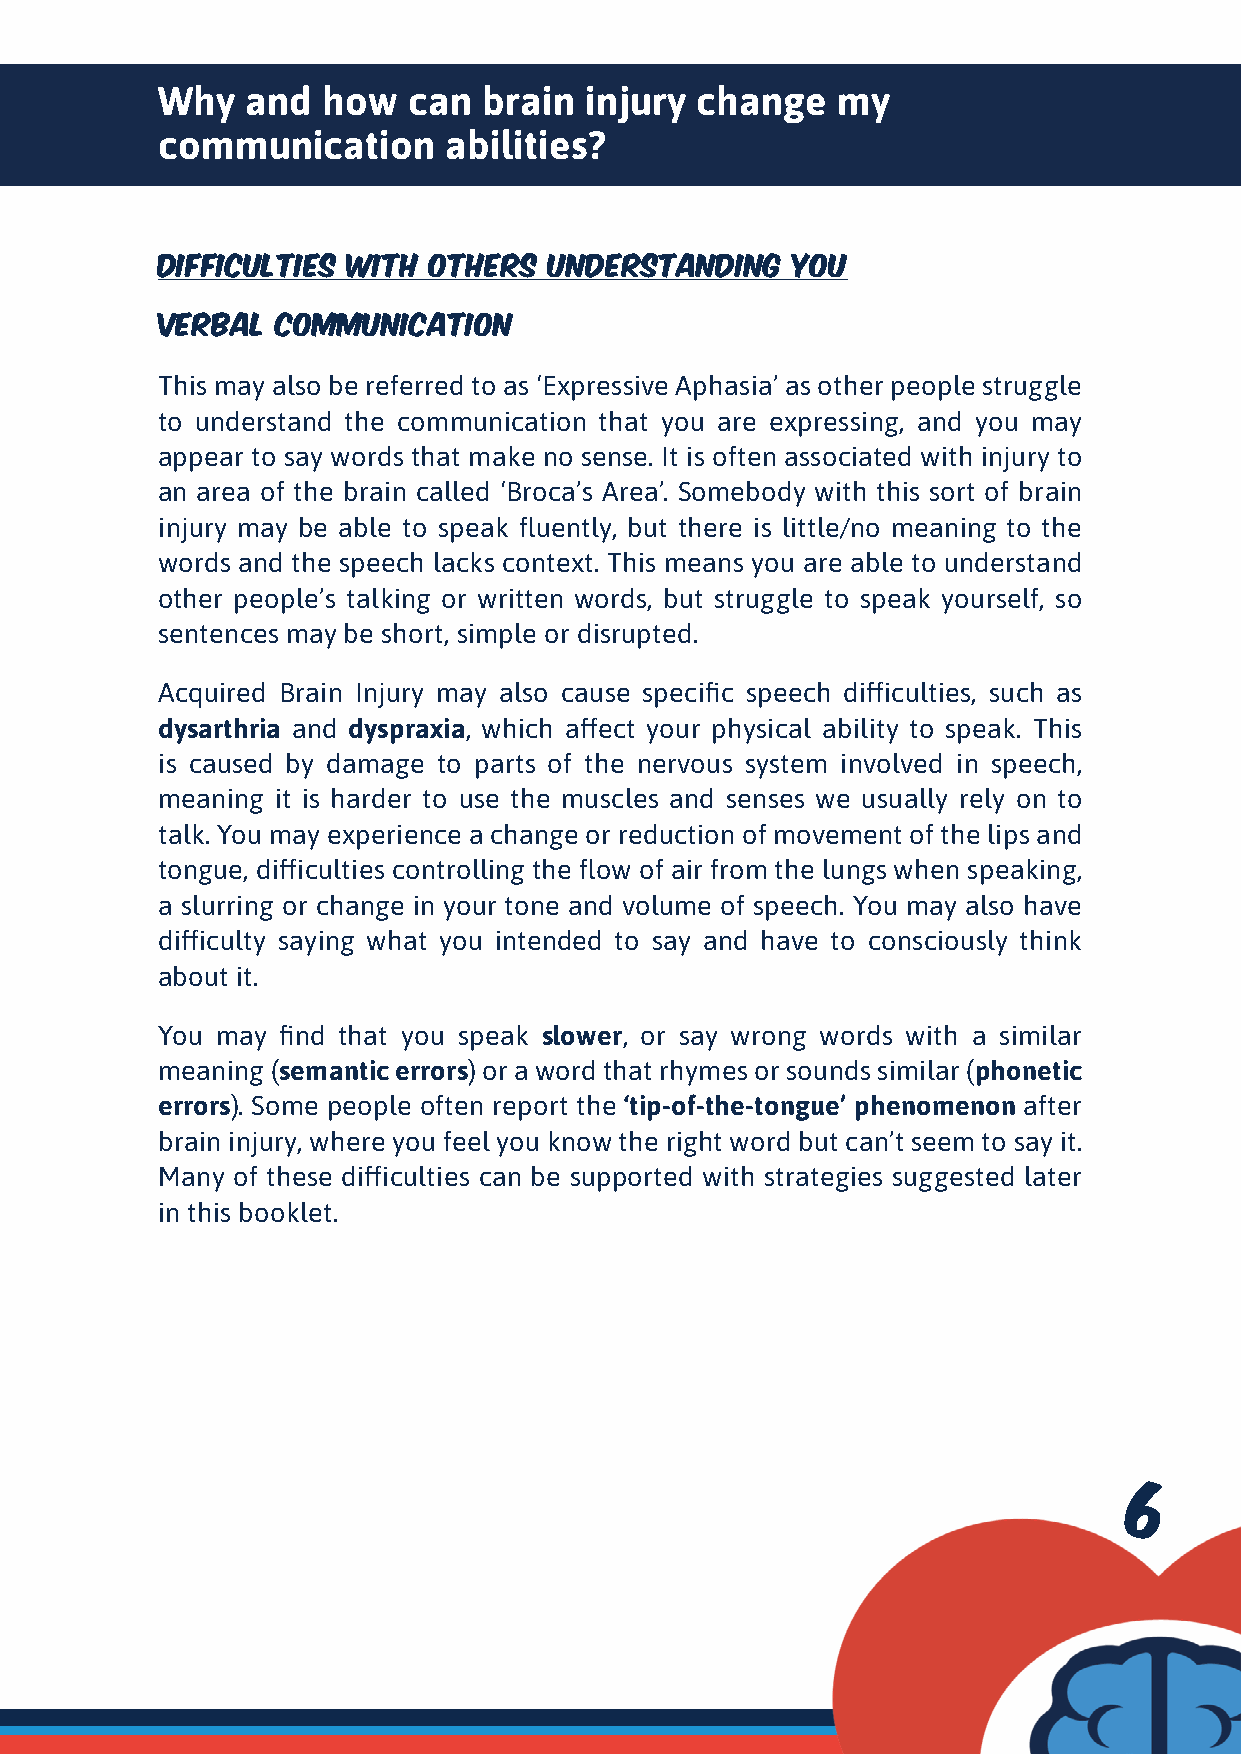
Why   and  how   can  brain  injury change   my
 communication       abilities?
 Difficulties with others  understanding   you
 Verbal  communication
 This may also be referred to as ‘Expressive Aphasia’ as other people struggle
 to understand the communication that you are expressing, and you may
 appear to say words that make no sense. It is often associated with injury to
 an area of the brain called ‘Broca’s Area’. Somebody with this sort of brain
 injury may be able to speak fluently, but there is little/no meaning to the
 words and the speech lacks context. This means you are able to understand
 other people’s talking or written words, but struggle to speak yourself, so
 sentences may be short, simple or disrupted.
 Acquired Brain Injury may also cause specific speech difficulties, such as
 dysarthria and dyspraxia, which affect your physical ability to speak. This
 is caused by damage to parts of the nervous system involved in speech,
 meaning it is harder to use the muscles and senses we usually rely on to
 talk. You may experience a change or reduction of movement of the lips and
 tongue, difficulties controlling the flow of air from the lungs when speaking,
 a slurring or change in your tone and volume of speech. You may also have
 difficulty saying what you intended to say and have to consciously think
 about it.
 You may  find that you speak slower, or say wrong words with a similar
 meaning (semantic errors) or a word that rhymes or sounds similar (phonetic
 errors). Some people often report the ‘tip-of-the-tongue’ phenomenon after
 brain injury, where you feel you know the right word but can’t seem to say it.
 Many of these difficulties can be supported with strategies suggested later
 in this booklet.
 66          77